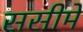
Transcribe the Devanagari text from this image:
ससीमे